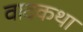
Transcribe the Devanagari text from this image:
वादकथा